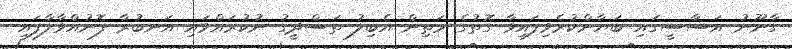
ގާނޫނު އަސާސީގައި ބަޔާންކުރެވިފައިވާ ގޮތުގެ މަތިން އެބިލު ތަސްދީގު ނުކުރައްވައި އަނބުރާ ފޮނުއްވާލާފައި